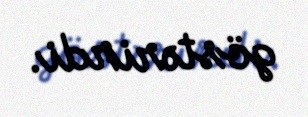
göstərirdi.